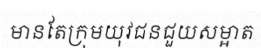
មានតែក្រុមយុវជនជួយសម្អាត